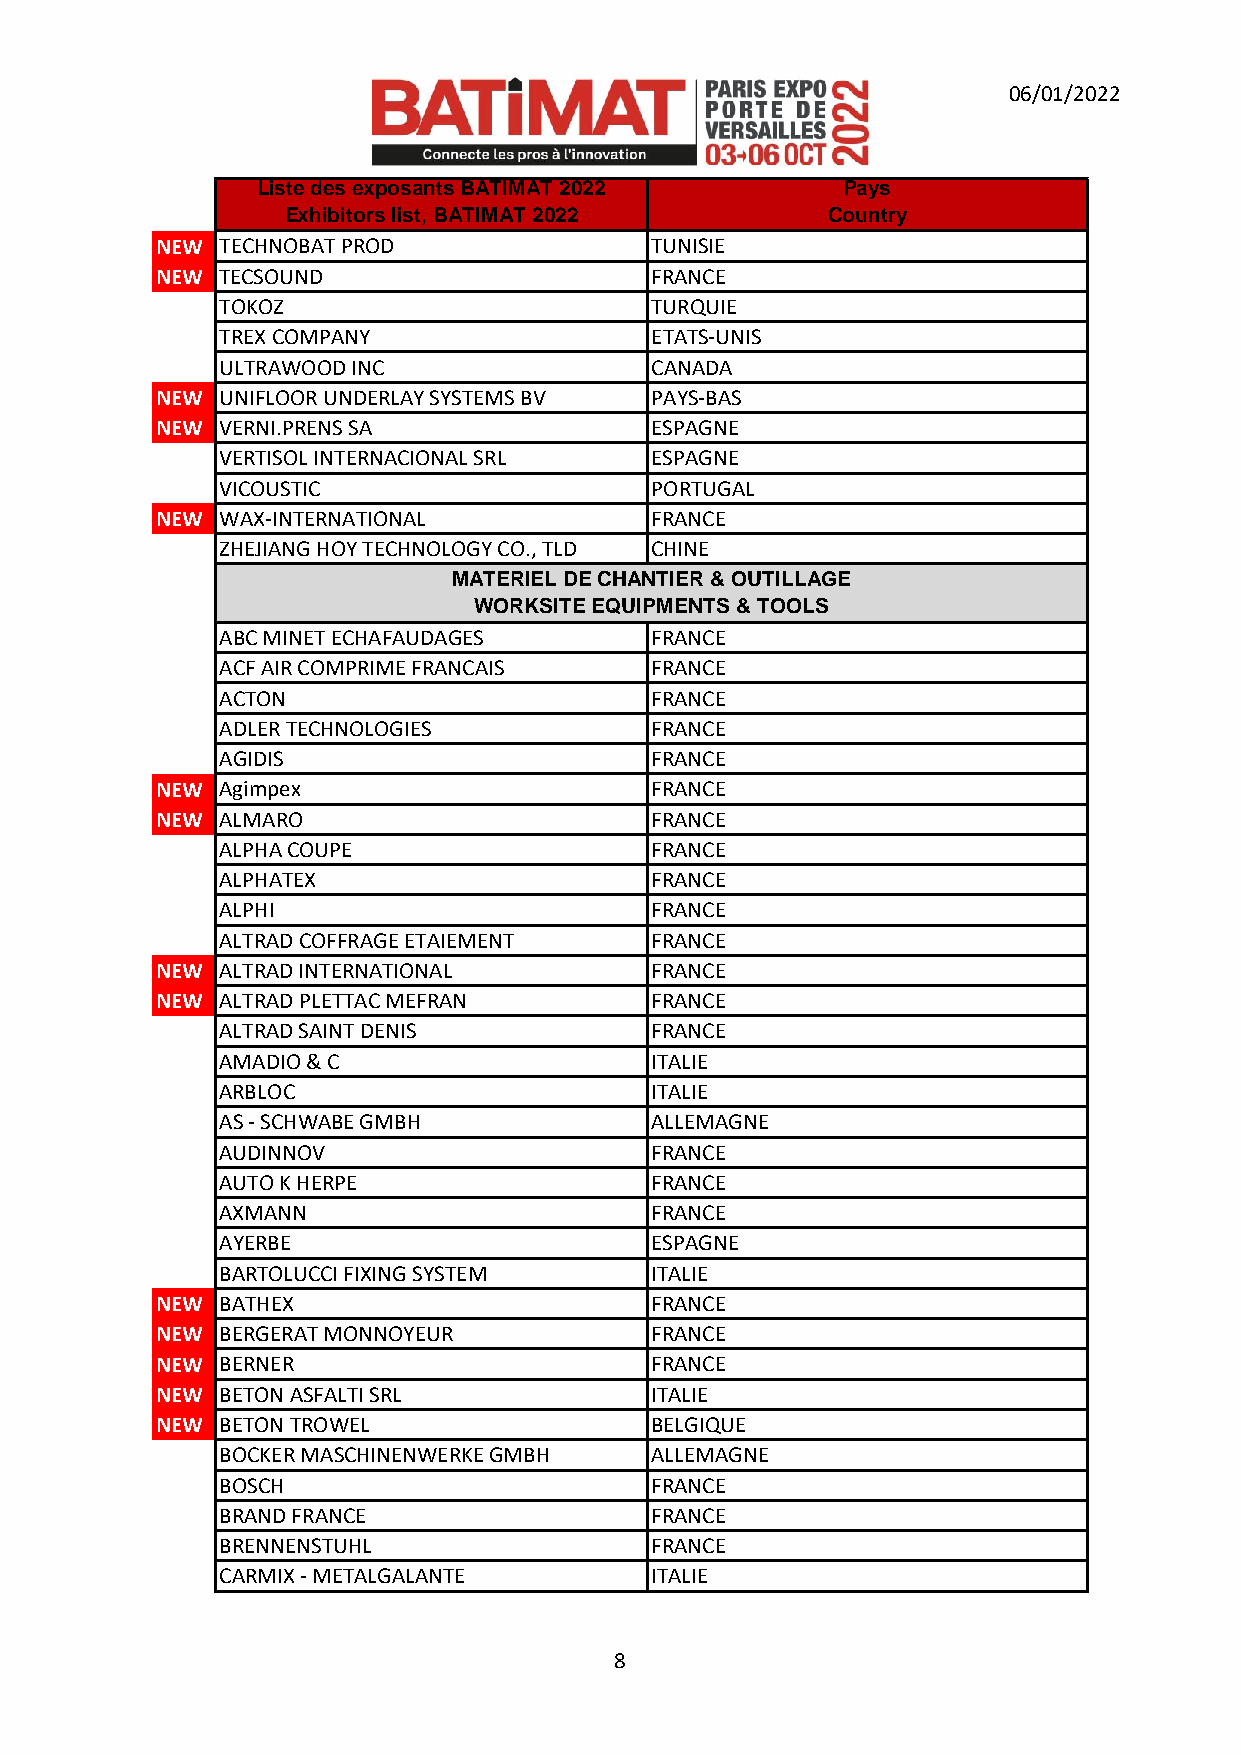
06/01/2022
 Liste des exposants BATIMAT 2022       P a y s
 Exhibitors list, BATIMAT 2022       Country
 NEW  TECHNOBAT PROD              TUNISIE
 NEW  TECSOUND                    FRANCE
 TOKOZ                       TURQUIE
 TREX COMPANY                ETATS-UNIS
 ULTRAWOOD INC               CANADA
 NEW  UNIFLOOR UNDERLAY SYSTEMS BV PAYS-BAS
 NEW  VERNI.PRENS SA              ESPAGNE
 VERTISOL INTERNACIONAL SRL  ESPAGNE
 VICOUSTIC                   PORTUGAL
 NEW  WAX-INTERNATIONAL           FRANCE
 ZHEJIANG HOY TECHNOLOGY CO., TLD CHINE
 MATERIEL DE CHANTIER & OUTILLAGE
 WORKSITE EQUIPMENTS & TOOLS
 ABC MINET ECHAFAUDAGES      FRANCE
 ACF AIR COMPRIME FRANCAIS   FRANCE
 ACTON                       FRANCE
 ADLER TECHNOLOGIES          FRANCE
 AGIDIS                      FRANCE
 NEW  Agimpex                     FRANCE
 NEW  ALMARO                      FRANCE
 ALPHA COUPE                 FRANCE
 ALPHATEX                    FRANCE
 ALPHI                       FRANCE
 ALTRAD COFFRAGE ETAIEMENT   FRANCE
 NEW  ALTRAD INTERNATIONAL        FRANCE
 NEW  ALTRAD PLETTAC MEFRAN       FRANCE
 ALTRAD SAINT DENIS          FRANCE
 AMADIO & C                  ITALIE
 ARBLOC                      ITALIE
 AS - SCHWABE GMBH           ALLEMAGNE
 AUDINNOV                    FRANCE
 AUTO K HERPE                FRANCE
 AXMANN                      FRANCE
 AYERBE                      ESPAGNE
 BARTOLUCCI FIXING SYSTEM    ITALIE
 NEW  BATHEX                      FRANCE
 NEW  BERGERAT MONNOYEUR          FRANCE
 NEW  BERNER                      FRANCE
 NEW  BETON ASFALTI SRL           ITALIE
 NEW  BETON TROWEL                BELGIQUE
 BOCKER MASCHINENWERKE GMBH  ALLEMAGNE
 BOSCH                       FRANCE
 BRAND FRANCE                FRANCE
 BRENNENSTUHL                FRANCE
 CARMIX - METALGALANTE       ITALIE
 8